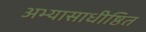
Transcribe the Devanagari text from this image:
अभ्यासाधीष्ठित